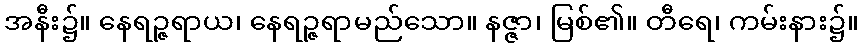
အနီး၌။ နေရဉ္ဇရာယ၊ နေရဉ္ဇရာမည်သော။ နဇ္ဇာ၊ မြစ်၏။ တီရေ၊ ကမ်းနား၌။